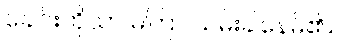
ခေါင်းကိုသာ မကြာ ယမ်းခါနေမိ၏။